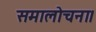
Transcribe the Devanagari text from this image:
समालोचना।